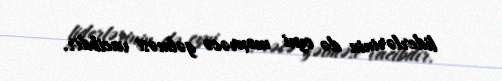
liderlərinin də eyni məxrəcə gəlməsi vacibdir.